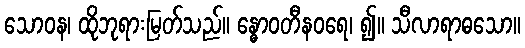
သောဝန၊ ထိုဘုရားမြတ်သည်။ န္ဓောဝတီနဝရေ၊ ၍။ သီလာရာဓသော။